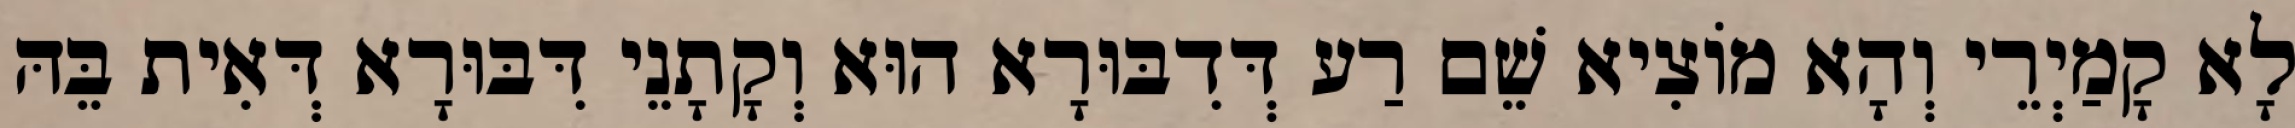
לָא קָמַיְרֵי וְהָא מוֹצִיא שֵׁם רַע דְּדִבּוּרָא הוּא וְקָתָנֵי דִּבּוּרָא דְּאִית בֵּהּ